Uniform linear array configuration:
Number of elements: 12
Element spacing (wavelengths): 0.25
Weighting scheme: exponential
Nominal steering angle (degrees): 60
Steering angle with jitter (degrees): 60.243
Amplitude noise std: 0.05
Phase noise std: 0.05

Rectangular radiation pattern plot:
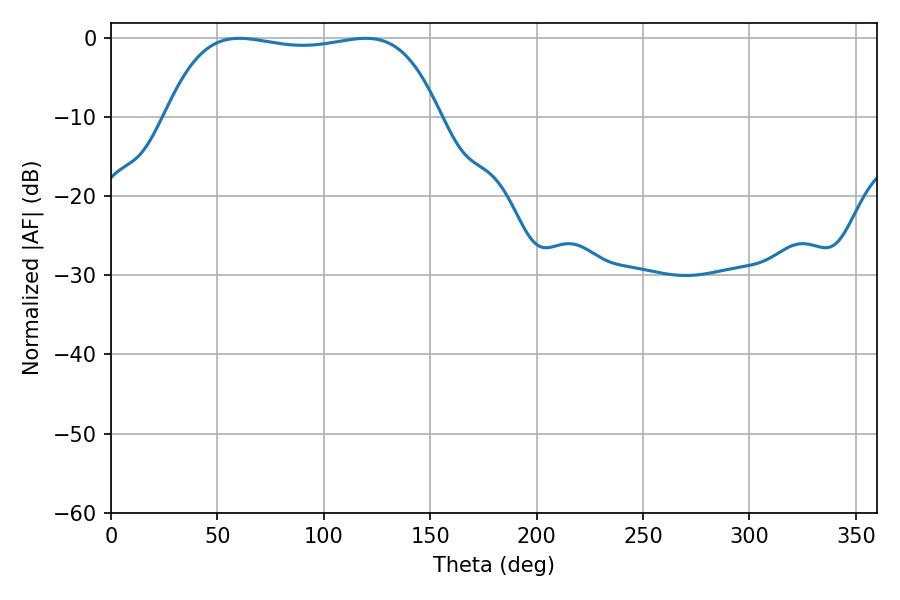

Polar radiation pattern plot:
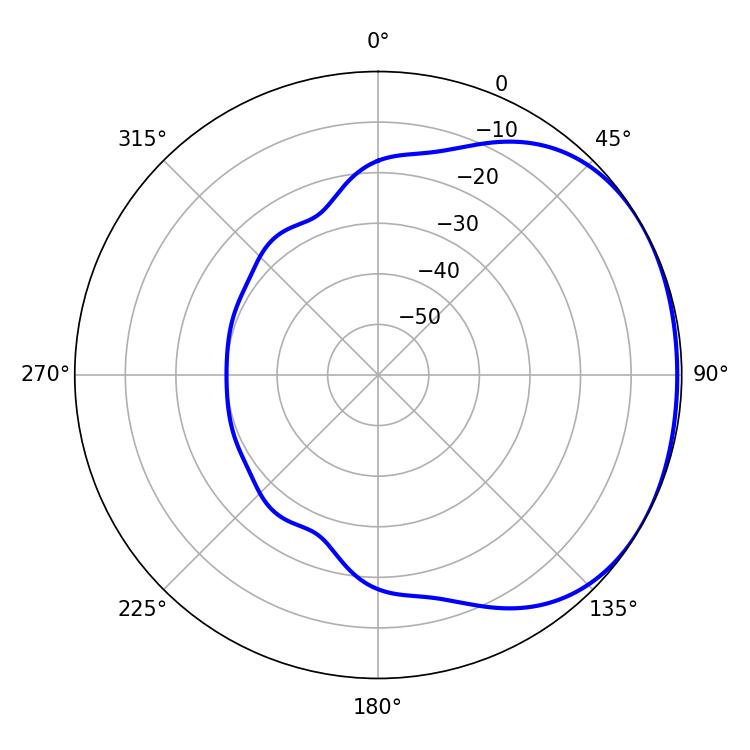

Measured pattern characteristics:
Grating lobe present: FALSE
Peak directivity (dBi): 1.402
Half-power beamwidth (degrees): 102.24
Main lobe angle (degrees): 60.3